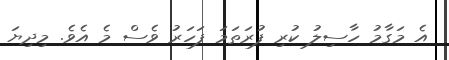
އެ މަގާމު ހާސިލު ކުރި ފުރަތަމަ ފަހަރު ވެސް މެ އެވެ. މިދިޔަ